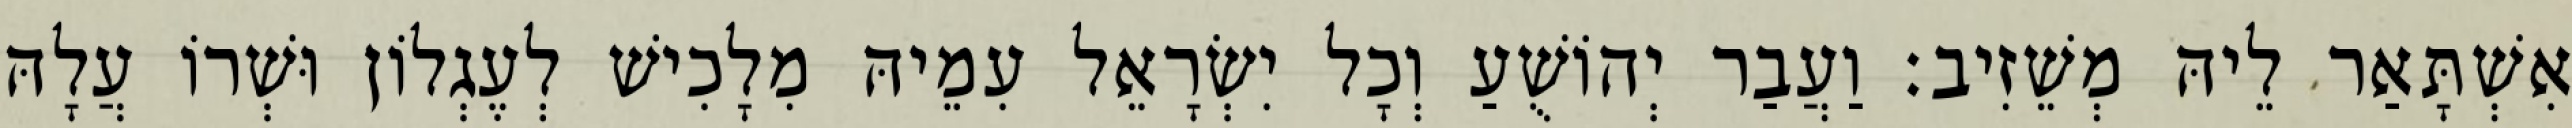
אִשְׁתָּאַר לֵיהּ מְשֵׁזִיב׃ וַעֲבַר יְהוֹשֻׁעַ וְכָל יִשְׂרָאֵל עִמֵיהּ מִלָכִישׁ לְעֶגְלוֹן וּשְׁרוֹ עֲלָהּ